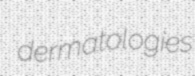
dermatologies